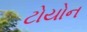
ટોયોન